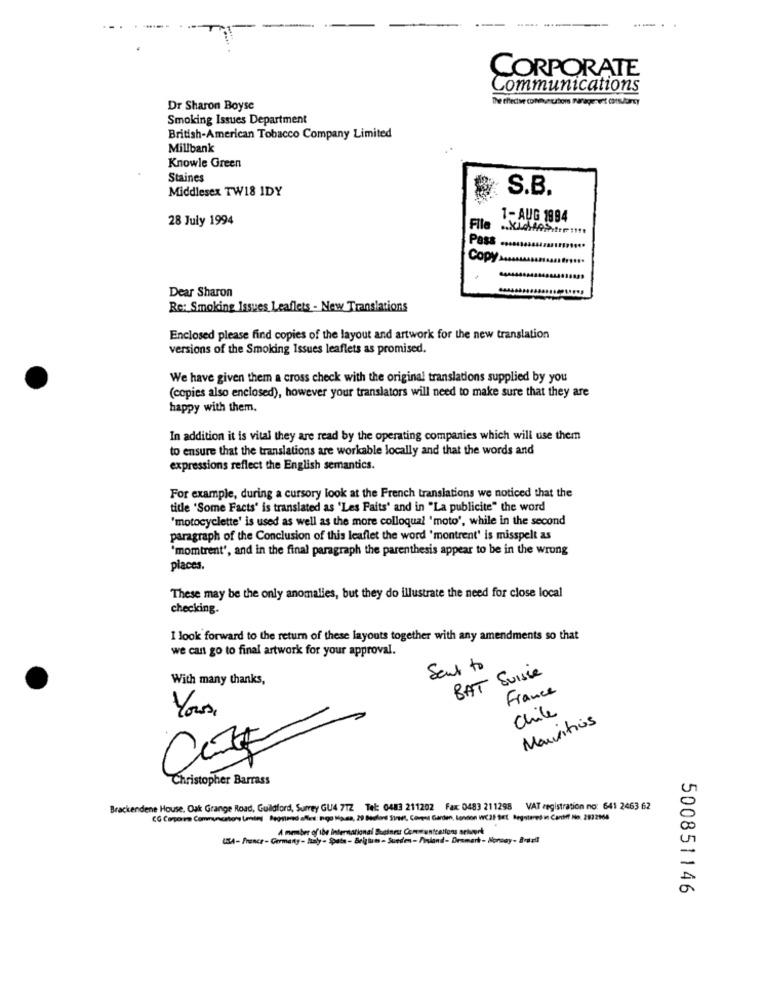
CORPORATE
Communications
Dr Sharon Boyse
Smoking Issues Department
British-American Tobacco Company Limited
Millbank
Knowle Green
Staines
Middlesex TW18 IDY
S.B.
28 July 1994
1- AUG 1994
File
Pass
Cop
Dear Sharon
Re: Smoking Issues Leaflets - New Translations
Enclosed please find copies of the layout and artwork for the new translation
versions of the Smoking Issues leaflets as promised.
We have given them a cross check with the original translations supplied by you
(copies also enclosed), however your translators will need to make sure that they are
happy with them.
In addition it is vital they are read by the operating companies which will use them
to ensure that the translations are workable locally and that the words and
expressions reflect the English semantics.
For example, during a cursory look at the French translations we noticed that the
title 'Some Facts' is translated as 'Les Faits' and in "La publicite" the word
"motocyclette' is used as well as the more colloqual 'moto', while in the second
paragraph of the Conclusion of this leaflet the word 'montrent' is misspelt as
"momtrent', and in the final paragraph the parenthesis appear to be in the wrong
places.
These may be the only anomalies, but they do illustrate the need for close local
checking.
I look forward to the return of these layouts together with any amendments so that
we can go to final artwork for your approval.
Sent to
BAT Suisse
With many thanks,
France
Chile
Your
Mauritius
Christopher Barrass
Brackendene House, Oak Grange Road, Guildford, Surrey GU4 712 Tel: 0483 211202 Fax: 0483 211298 VAT registration no: 641 2463 62
CG Comporre Communication (mini Beostend afles: Ingo Ha.ma, 29 Bauland Street, Covent Garden, london WC2 Set Registered in Cardiff No. 2822168
A member of the international Business Communications selvent
USA- france - Germany - tuzly - Spata - Belgium - Sueden-Miniand- Denmark- Norway- Brazil
500851146